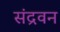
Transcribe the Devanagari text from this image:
संद्रवन